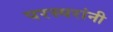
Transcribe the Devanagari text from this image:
परस्परांनी